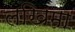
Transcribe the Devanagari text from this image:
लखिमा